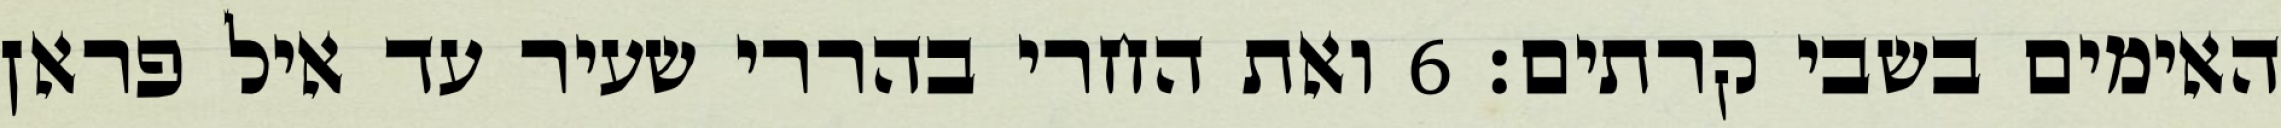
האימים בשבי קרתים׃ ‎6‏ ואת החרי בהררי שעיר עד איל פראן